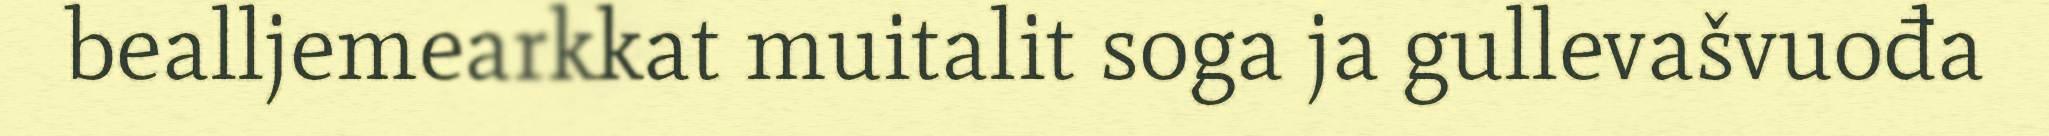
bealljemearkkat muitalit soga ja gullevašvuođa